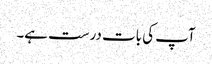
آپ کی بات درست ہے۔